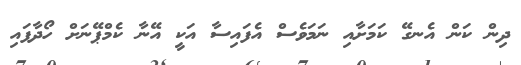
ދިން ކަން އެނގޭ ކަމަށާއި ނަމަވެސް އެފައިސާ އަކީ އޭނާ ކެމްޕޭނަށް ހޯދާފައި